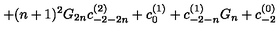
+ ( n + 1 ) ^ { 2 } G _ { 2 n } c _ { - 2 - 2 n } ^ { ( 2 ) } + c _ { 0 } ^ { ( 1 ) } + c _ { - 2 - n } ^ { ( 1 ) } G _ { n } + c _ { - 2 } ^ { ( 0 ) }